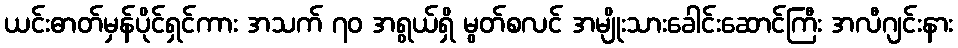
ယင်းဓာတ်မှန်ပိုင်ရှင်ကား အသက် ၇၀ အရွယ်ရှိ မွတ်စလင် အမျိုးသားခေါင်းဆောင်ကြီး အလီဂျင်းနား